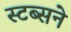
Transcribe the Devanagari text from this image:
स्टब्सने